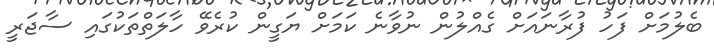
ބެލުމަށް ފަހު ފުރާނައަށް ގެއްލުން ނުވާނެ ކަމަށް ޔަގީން ކުރެވޭ ހާލަތްތަކުގައި ސާޖަރީ